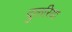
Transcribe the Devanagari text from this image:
दुलरिया